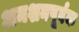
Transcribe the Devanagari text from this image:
अनशनपूर्वक